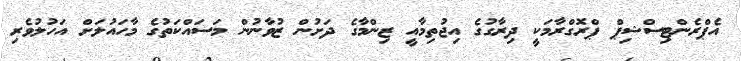
އެޕްރެންޓިސްޝިޕް ޕްރޮގްރާމަކީ ދިރާގުގެ އިޖުތިމާއީ ޒިންމާގެ ދަށުން ޒުވާނުން މަސައްކަތުގެ މާހައުލަށް އަހުލުވެރި